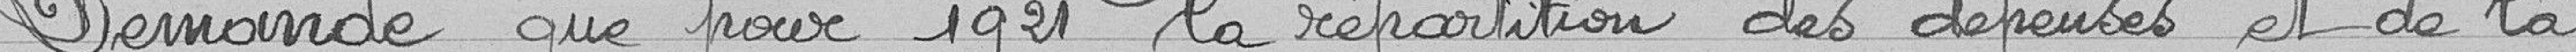
Demande que pour 1921 la répartition des dépenses et de la